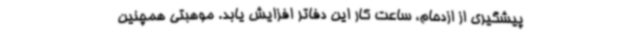
پیشگیری از ازدحام، ساعت کار این دفاتر افزایش یابد. موهبتی همچنین